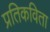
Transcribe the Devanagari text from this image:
प्रतिकविता